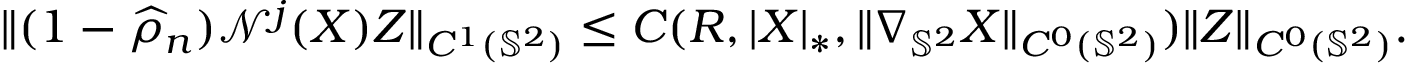
\begin{array} { r } { \| ( 1 - \widehat { \rho } _ { n } ) \mathcal { N } ^ { j } ( \boldsymbol { X } ) Z \| _ { C ^ { 1 } ( \mathbb { S } ^ { 2 } ) } \leq C ( R , | \boldsymbol { X } | _ { * } , \| \nabla _ { \mathbb { S } ^ { 2 } } \boldsymbol { X } \| _ { C ^ { 0 } ( \mathbb { S } ^ { 2 } ) } ) \| Z \| _ { C ^ { 0 } ( \mathbb { S } ^ { 2 } ) } . } \end{array}